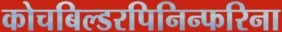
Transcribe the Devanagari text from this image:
कोचबिल्डरपिनिन्फरिना